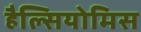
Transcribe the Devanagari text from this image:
हैल्सियोमिस